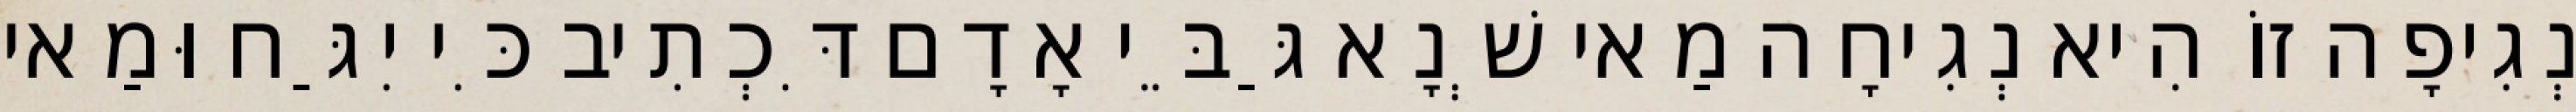
נְגִיפָה זוֹ הִיא נְגִיחָה מַאי שְׁנָא גַּבֵּי אָדָם דִּכְתִיב כִּי יִגַּח וּמַאי